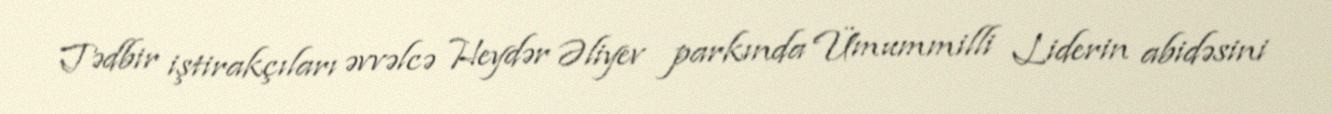
Tədbir iştirakçıları əvvəlcə Heydər Əliyev parkında Ümummilli Liderin abidəsini